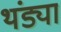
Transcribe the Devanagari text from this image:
थंड्या